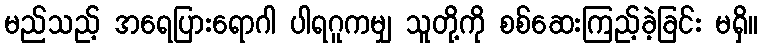
မည်သည့် အရေပြားရောဂါ ပါရဂူကမျှ သူတို့ကို စစ်ဆေးကြည့်ခဲ့ခြင်း မရှိ။